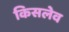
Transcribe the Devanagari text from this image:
किसलेव